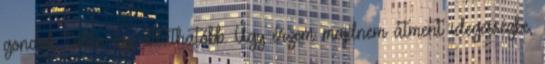
gondok, talán így átláthatóbb. Úgy érzem majdnem átment idegességbe,